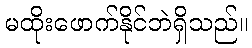
မထိုးဖောက်နိုင်ဘဲရှိသည်။